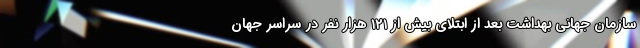
سازمان جهانی بهداشت بعد از ابتلای بیش از ۱۲۱ هزار نفر در سراسر جهان